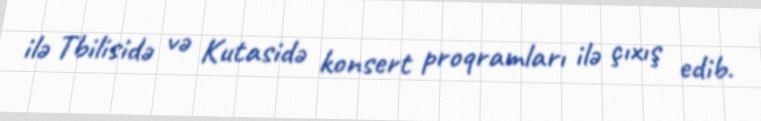
ilə Tbilisidə və Kutasidə konsert proqramları ilə çıxış edib.